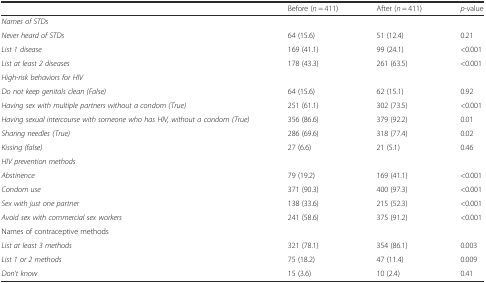
<table><thead><tr><td></td><td><b>Before (<i>n</i> = 411)</b></td><td><b>After (<i>n</i> = 411)</b></td><td><b><i>p</i>-value</b></td></tr></thead><tbody><tr><td><i>Names of STDs</i></td><td></td><td></td><td></td></tr><tr><td><i>Never heard of STDs</i></td><td>64 (15.6)</td><td>51 (12.4)</td><td>0.21</td></tr><tr><td><i>List 1 disease</i></td><td>169 (41.1)</td><td>99 (24.1)</td><td>&lt;0.001</td></tr><tr><td><i>List at least 2 diseases</i></td><td>178 (43.3)</td><td>261 (63.5)</td><td>&lt;0.001</td></tr><tr><td><i>High-risk behaviors for HIV</i></td><td></td><td></td><td></td></tr><tr><td><i>Do not keep genitals clean (False)</i></td><td>64 (15.6)</td><td>62 (15.1)</td><td>0.92</td></tr><tr><td><i>Having sex with multiple partners without a condom (True)</i></td><td>251 (61.1)</td><td>302 (73.5)</td><td>&lt;0.001</td></tr><tr><td><i>Having sexual intercourse with someone who has HIV, without a condom (True)</i></td><td>356 (86.6)</td><td>379 (92.2)</td><td>0.01</td></tr><tr><td><i>Sharing needles (True)</i></td><td>286 (69.6)</td><td>318 (77.4)</td><td>0.02</td></tr><tr><td><i>Kissing (false)</i></td><td>27 (6.6)</td><td>21 (5.1)</td><td>0.46</td></tr><tr><td><i>HIV prevention methods</i></td><td></td><td></td><td></td></tr><tr><td><i>Abstinence</i></td><td>79 (19.2)</td><td>169 (41.1)</td><td>&lt;0.001</td></tr><tr><td><i>Condom use</i></td><td>371 (90.3)</td><td>400 (97.3)</td><td>&lt;0.001</td></tr><tr><td><i>Sex with just one partner</i></td><td>138 (33.6)</td><td>215 (52.3)</td><td>&lt;0.001</td></tr><tr><td><i>Avoid sex with commercial sex workers</i></td><td>241 (58.6)</td><td>375 (91.2)</td><td>&lt;0.001</td></tr><tr><td>Names of contraceptive methods</td><td></td><td></td><td></td></tr><tr><td><i>List at least 3 methods</i></td><td>321 (78.1)</td><td>354 (86.1)</td><td>0.003</td></tr><tr><td><i>List 1 or 2 methods</i></td><td>75 (18.2)</td><td>47 (11.4)</td><td>0.009</td></tr><tr><td><i>Don’t know</i></td><td>15 (3.6)</td><td>10 (2.4)</td><td>0.41</td></tr></tbody></table>